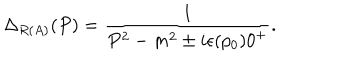
\Delta _ { R ( A ) } ( P ) = \frac { 1 } { P ^ { 2 } - m ^ { 2 } \pm i \epsilon ( p _ { 0 } ) 0 ^ { + } } .